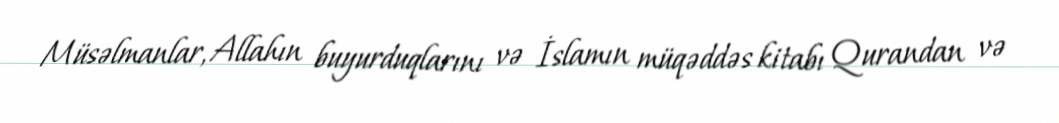
Müsəlmanlar, Allahın buyurduqlarını və İslamın müqəddəs kitabı Qurandan və